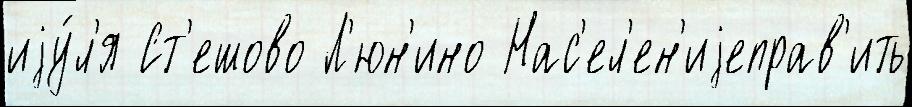
иjу́л'я Ст'ешово Л'юн'ино Нас'ел'ен'иjеправ'ить